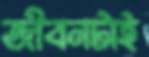
জীবনটাই